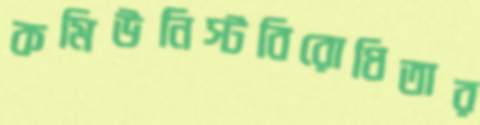
কমিউনিস্টবিরোধিতার